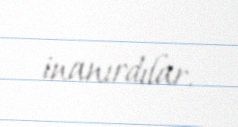
inanırdılar.